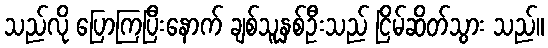
သည်လို ပြောကြပြီးနောက် ချစ်သူနှစ်ဦးသည် ငြိမ်ဆိတ်သွား သည်။